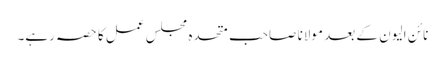
نائن الیون کے بعد مولانا صاحب متحدہ مجلس عمل کا حصہ رہے۔